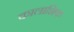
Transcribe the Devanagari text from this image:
कालाशिक